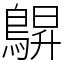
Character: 鵿